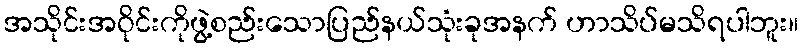
အသိုင်းအဝိုင်းကိုဖွဲ့စည်းသောပြည်နယ်သုံးခုအနက် ဟာသိပ်မသိရပါဘူး။